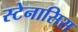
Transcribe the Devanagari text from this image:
स्टेनासिस